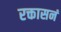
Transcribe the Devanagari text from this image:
रक्तासनं